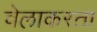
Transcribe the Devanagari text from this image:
वेलाकरता